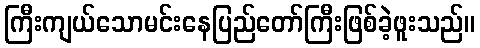
ကြီးကျယ်သောမင်းနေပြည်တော်ကြီးဖြစ်ခဲ့ဖူးသည်။